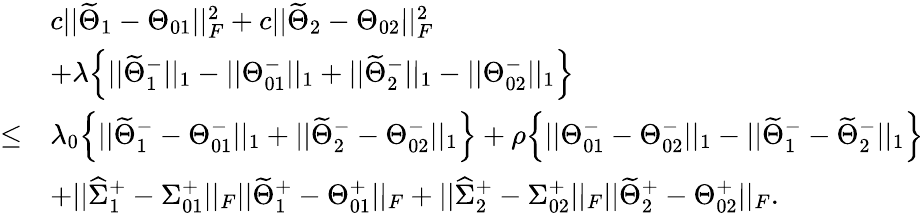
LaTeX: \begin{array}{rl}&{c||\widetilde{\Theta}_{1}-\Theta_{01}||_{F}^{2}+c||\widetilde{\Theta}_{2}-\Theta_{02}||_{F}^{2}}\\ &{+\lambda\Big\{ ||\widetilde{\Theta}_{1}^{-}||_{1}-||\Theta_{01}^{-}||_{1}+||\widetilde{\Theta}_{2}^{-}||_{1}-||\Theta_{02}^{-}||_{1}\Big\} }\\ {\leq}&{\lambda_{0}\Big\{ ||\widetilde{\Theta}_{1}^{-}-\Theta_{01}^{-}||_{1}+||\widetilde{\Theta}_{2}^{-}-\Theta_{02}^{-}||_{1}\Big\} +\rho\Big\{ ||\Theta_{01}^{-}-\Theta_{02}^{-}||_{1}-||\widetilde{\Theta}_{1}^{-}-\widetilde{\Theta}_{2}^{-}||_{1}\Big\} }\\ &{+||\widehat{\Sigma}_{1}^{+}-\Sigma_{01}^{+}||_{F}||\widetilde{\Theta}_{1}^{+}-\Theta_{01}^{+}||_{F}+||\widehat{\Sigma}_{2}^{+}-\Sigma_{02}^{+}||_{F}||\widetilde{\Theta}_{2}^{+}-\Theta_{02}^{+}||_{F}.}\end{array}